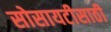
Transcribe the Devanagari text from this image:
सोसायटीसाठी